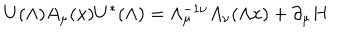
LaTeX: U ( \Lambda ) A _ { \mu } ( x ) U ^ { \ast } ( \Lambda ) = \Lambda _ { \mu } ^ { - 1 \nu } A _ { \nu } ( \Lambda x ) + \partial _ { \mu } H